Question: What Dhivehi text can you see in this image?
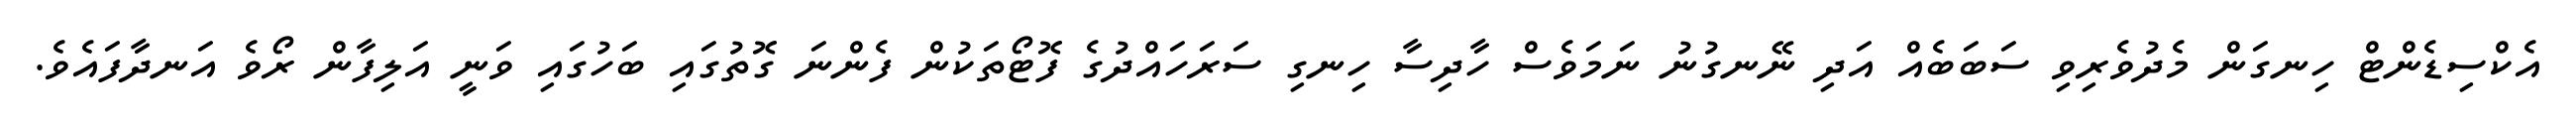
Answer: އެކްސިޑެންޓް ހިނގަން މެދުވެރިވި ސަބަބެއް އަދި ނޭނގުނު ނަމަވެސް ހާދިސާ ހިނގި ސަރަހައްދުގެ ފޮޓޯތަކުން ފެންނަ ގޮތުގައި ބަހުގައި ވަނީ އަލިފާން ރޯވެ އަނދާފައެވެ.